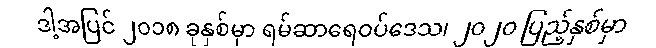
ဒါ့အပြင် ၂၀၁၈ ခုနှစ်မှာ ရမ်ဆာရေဝပ်ဒေသ၊ ၂၀၂၀ ပြည့်နှစ်မှာ